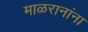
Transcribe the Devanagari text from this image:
माळरानांना